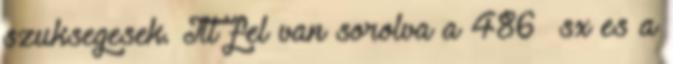
szuksegesek. Itt fel van sorolva a 486 sx es a